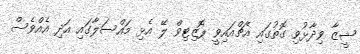
ޝީޒާ ވިދާޅުވި ގޮތުގައި އެޗްއައިވީ ޕޮޒިޓިވް ލޭ އެޅި މައްސަލާގައި އަދި އެއްވެސް